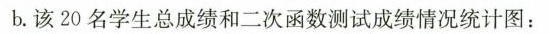
b.该20名学生总成绩和二次函数测试成绩情况统计图：